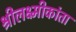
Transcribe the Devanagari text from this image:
श्रीलक्ष्मीकांता